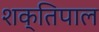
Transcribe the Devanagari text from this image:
शक्तिपाल